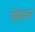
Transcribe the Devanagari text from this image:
शिफ़र